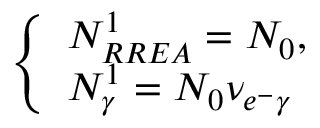
\left\{ \begin{array} { l l } { N _ { R R E A } ^ { 1 } = N _ { 0 } , } \\ { N _ { \gamma } ^ { 1 } = N _ { 0 } \nu _ { e ^ { - } \gamma } } \end{array} \right.